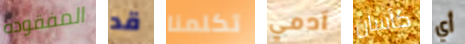
المفقوده قد تكلمنا آدمي كأسان أي